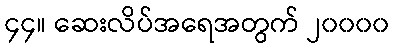
၄၄။ ဆေးလိပ်အရေအတွက် ၂၀၀၀၀